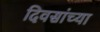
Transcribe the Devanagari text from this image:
दिवसांच्‍या